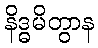
နိဒ္ဓမိတွာန